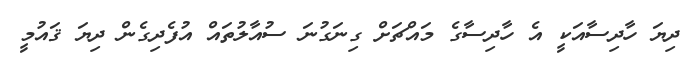
ދިޔަ ހާދިސާއަކީ އެ ހާދިސާގެ މައްޗަށް ގިނަގުނަ ސުއާލުތައް އުފެދިގެން ދިޔަ ޤައުމީ